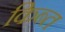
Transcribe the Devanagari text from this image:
किब्त